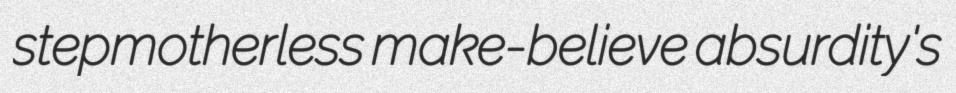
stepmotherless make-believe absurdity's